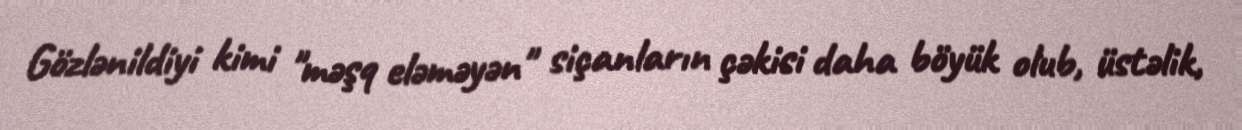
Gözlənildiyi kimi "məşq eləməyən" siçanların çəkisi daha böyük olub, üstəlik,